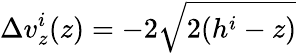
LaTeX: \Delta v_{z}^{i}(z)=-2\sqrt{2(h^{i}-z)}